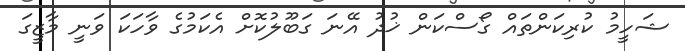
ޝަހީމު ކުރިކަންތައް ގޯސްކަން ޚުދު އޭނަ ގަބޫލުކޮށް އެކަމުގެ ވާހަކަ ވަނީ މާޒީގަ